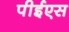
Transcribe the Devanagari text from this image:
पीईएस